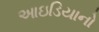
આઇડિયાનો